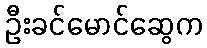
ဦးခင်မောင်ဆွေက